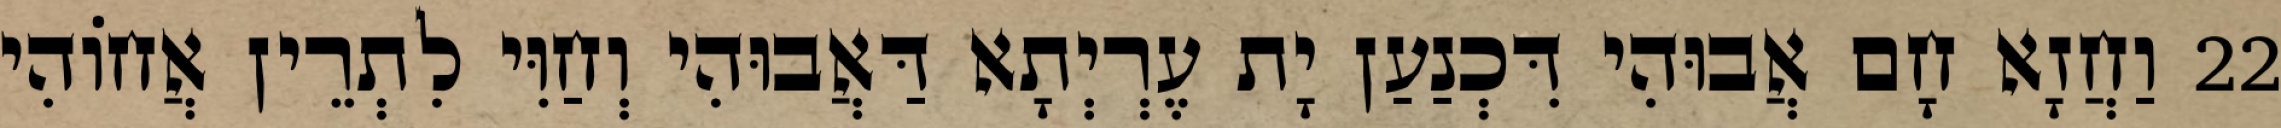
22 וַחֲזָא חָם אֲבוּהִי דִּכְנַעַן יָת עֶרְיְתָא דַּאֲבוּהִי וְחַוִּי לִתְרֵין אֲחוֹהִי